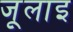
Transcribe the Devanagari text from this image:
जूलाइ